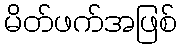
မိတ်ဖက်အဖြစ်